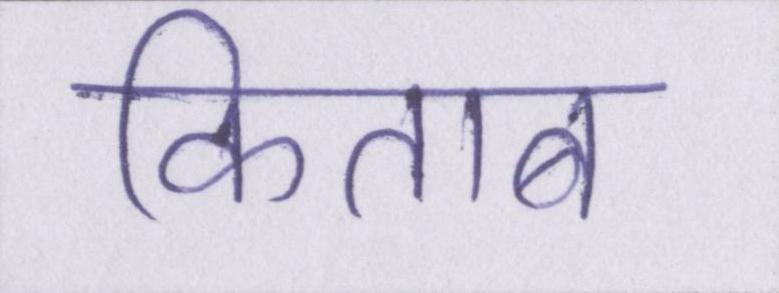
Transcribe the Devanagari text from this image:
किताब